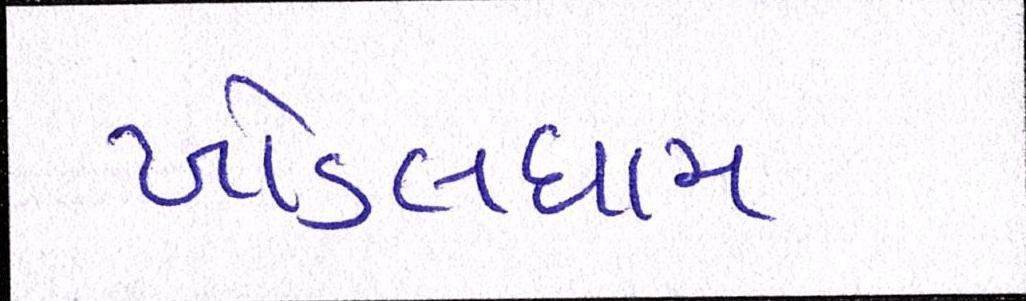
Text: ખોડલધામ